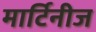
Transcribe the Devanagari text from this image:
मार्टिनीज